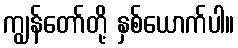
ကျွန်တော်တို့ နှစ်ယောက်ပါ။